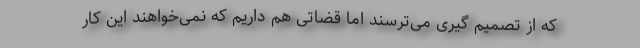
که از تصمیم گیری می‌ترسند اما قضاتی هم داریم که نمی‌خواهند این کار